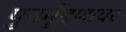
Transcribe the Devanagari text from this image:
पुनर्मुद्रणावर